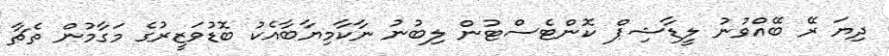
ދިޔަ ރޭ ބޭއްވުނު ލީޑާޝިޕް ކޮންޓެސްޓުން ލިބުނު ނާކާމިޔާބާއެކު ބޮޑުވަޒީރުގެ މަގާމުން ތެޗާ